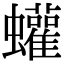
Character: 蠸